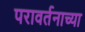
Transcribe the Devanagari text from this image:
परावर्तनाच्या